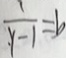
\frac { 1 } { y - 1 } = b